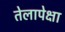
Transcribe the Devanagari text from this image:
तेलापेक्षा